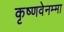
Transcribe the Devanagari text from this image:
कृष्णवेनम्मा